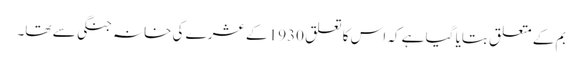
بم کے متعلق بتایا گیا ہے کہ اس کا تعلق 1930 کے عشرے کی خانہ جنگی سے تھا۔